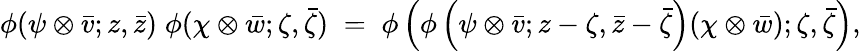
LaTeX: \phi(\psi\otimes\bar{v};z,\bar{z})\; \phi(\chi\otimes\bar{w};\zeta,\bar{\zeta})\; =\; \phi\left(\phi\left(\psi\otimes\bar{v};z-\zeta,\bar{z}-\bar{\zeta}\right)(\chi\otimes\bar{w});\zeta,\bar{\zeta}\right),